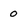
Character: 0